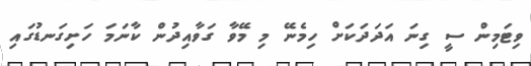
ވިޓަމިން ސީ ގިނަ އަދަދަކަށް ހިމެނޭ މި މޭވާ ގަވާއިދުން ކާނަމަ ހަށިގަނޑުގައި